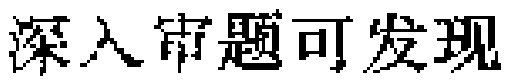
深入审题可发现